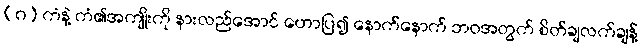
(ဂ) ကံနဲ့ ကံ၏အကျိုးကို နားလည်အောင် ဟောပြ၍ နောက်နောက် ဘဝအတွက် စိတ်ချလက်ချန့်